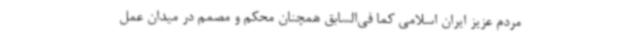
مردم عزیز ایران اسلامی کما فی‌السابق همچنان محکم و مصمم در میدان عمل